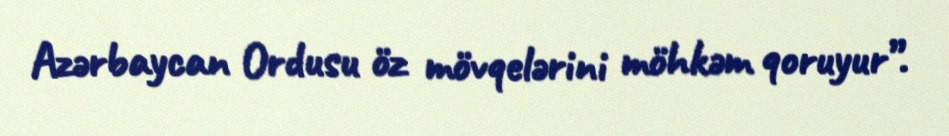
Azərbaycan Ordusu öz mövqelərini möhkəm qoruyur”.